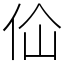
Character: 佡